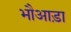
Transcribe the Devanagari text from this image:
भौआड़ा